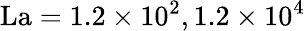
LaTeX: \operatorname{La}=1.2\times 10^{2},1.2\times 10^{4}